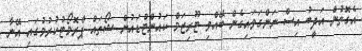
އެގޮތުން އަދީބު އިސް ނަންގަވައިގެން ބޭއްވި ޓޫރިޒަމް ކައުންޓްޑައުން ޝޯތައް ޕްރޮމޯޓުކުރުމުގައި އޭނާ